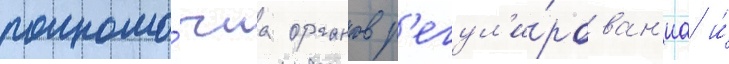
полномо́чиа органов р'егул'и́рован'иа и́